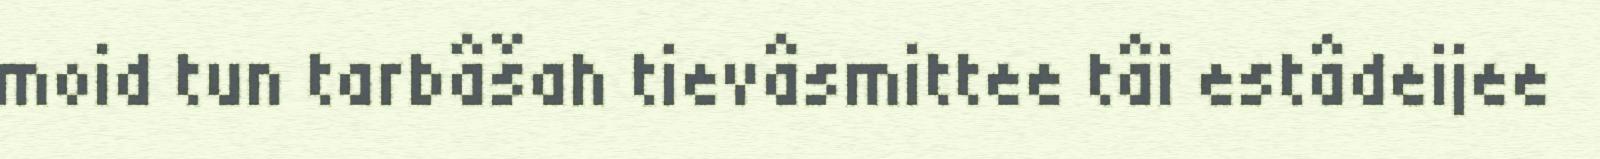
moid tun tarbâšah tievâsmittee tâi estâdeijee